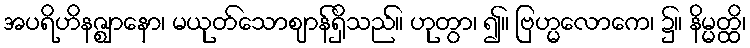
အပရိဟိနဇ္ဈာနော၊ မယုတ်သောဈာန်ရှိသည်။ ဟုတွာ၊ ၍။ ဗြဟ္မလောကေ၊ ၌။ နိမ္မတ္ထိ၊